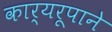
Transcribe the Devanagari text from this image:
कार्यरूपाने